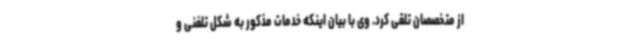
از متخصصان تلقی کرد. وی با بیان اینکه خدمات مذکور به شکل تلفنی و